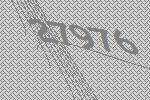
27976